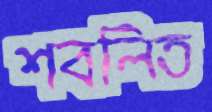
শবলিত